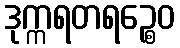
ဒုက္ကရတရဉ္စေဝ